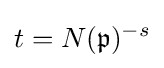
t=N({\mathfrak {p}})^{-s}